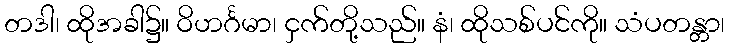
တဒါ၊ ထိုအခါ၌။ ဝိဟင်္ဂမာ၊ ငှက်တို့သည်။ နံ၊ ထိုသစ်ပင်ကို။ သံပတန္တာ၊